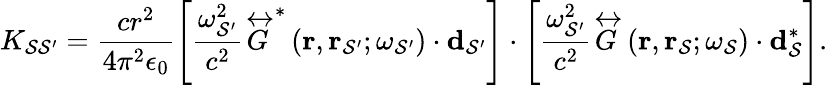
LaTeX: K_{\mathcal{S}\mathcal{S}^{\prime}}=\frac{{cr^{2}}}{{4\pi^{2}\epsilon_{0}}}\left[\frac{{\omega_{\mathcal{S}^{\prime}}^{2}}}{{c^{2}}}\overleftrightarrow{{G}}^{*}\left(\mathbf{{r}},\mathbf{{r}}_{\mathcal{S}^{\prime}};\omega_{\mathcal{S}^{\prime}}\right)\cdot\mathbf{{d}}_{\mathcal{S}^{\prime}}\right]\cdot\left[\frac{{\omega_{\mathcal{S}^{\prime}}^{2}}}{{c^{2}}}\overleftrightarrow{{G}}\left(\mathbf{{r}},\mathbf{{r}}_{\mathcal{S}};\omega_{\mathcal{S}}\right)\cdot\mathbf{{d}}_{\mathcal{S}}^{*}\right].